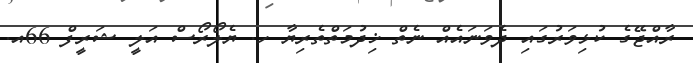
ރާއްޖޭގެ ކުޅިވަރުގައި ދެވަނައެއް ނެތް ޚިދުމަތްތެރިޔާ ހ. ޔެލޯރޯސް އަލީ ޝަރީފް 66އ.